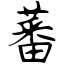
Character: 蕃